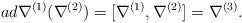
\begin{align*}ad\nabla^{(1)}(\nabla^{(2)})=[\nabla^{(1)},\nabla^{(2)}]=\nabla^{(3)}.\end{align*}